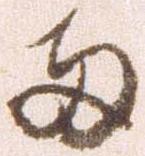
両